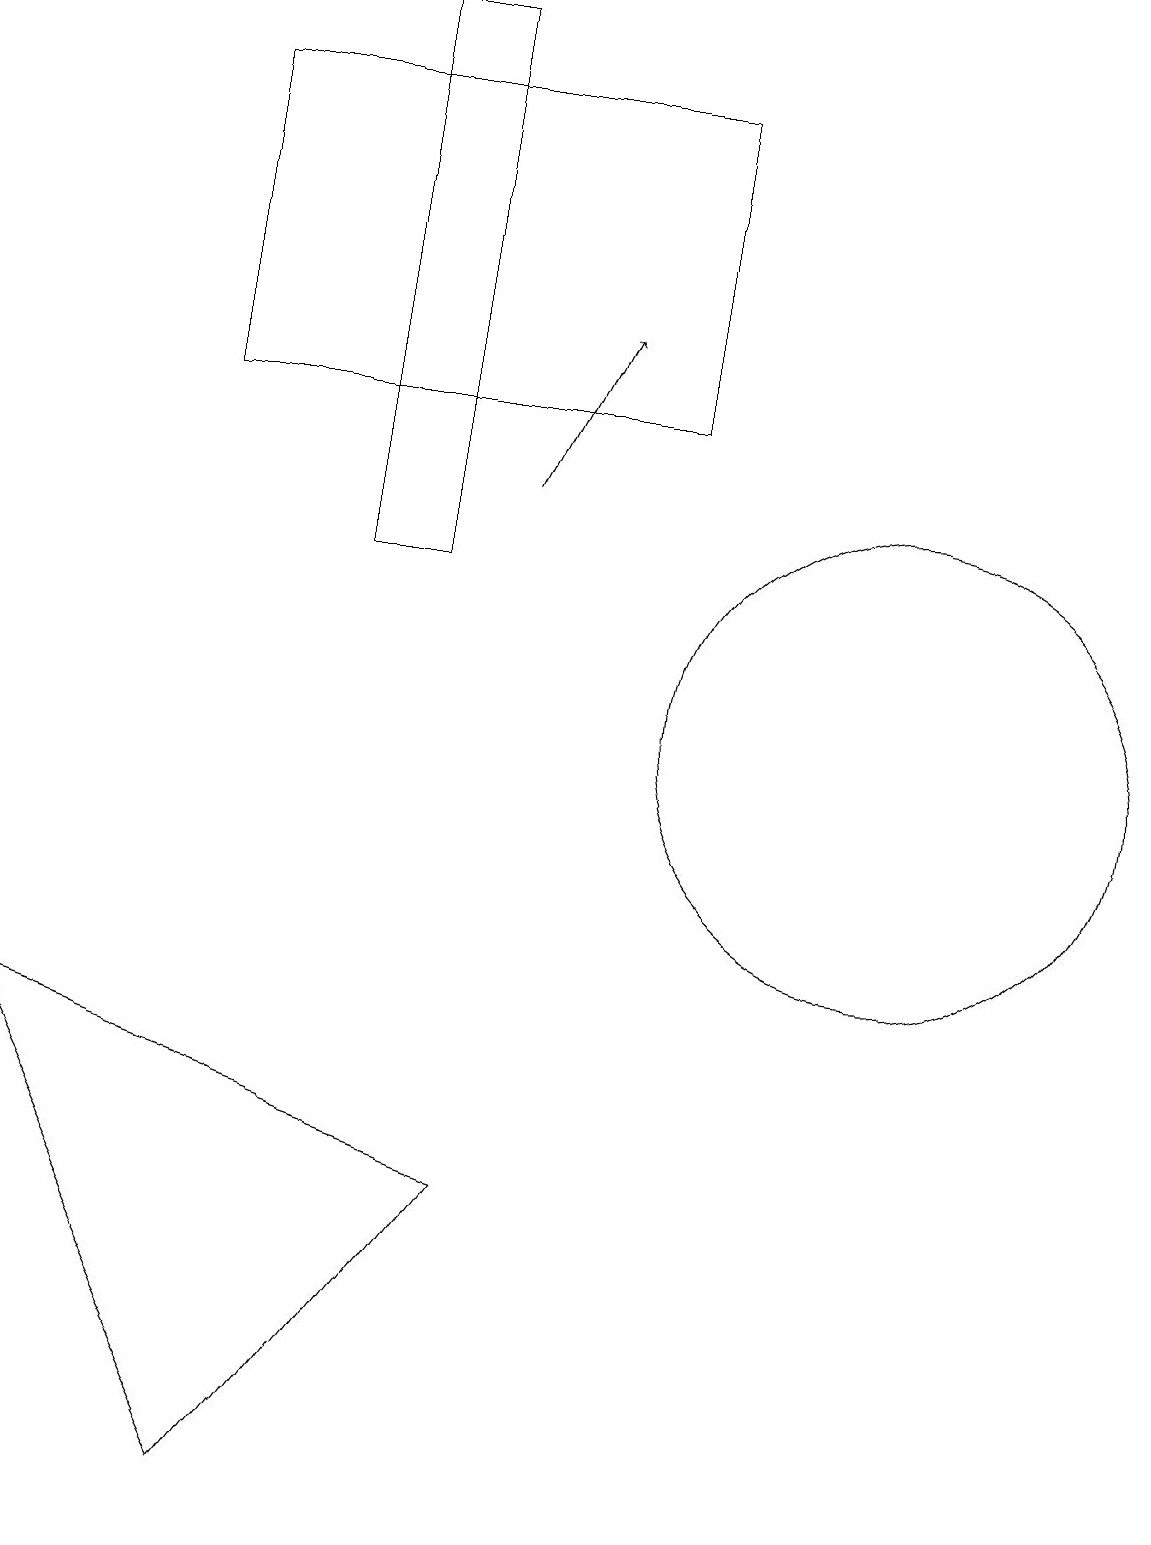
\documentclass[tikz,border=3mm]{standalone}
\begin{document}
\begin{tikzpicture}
\draw (11,10) circle (3);
\draw[->] (6,13) -- (7,15);
\draw (8,18) rectangle (2,14);
\draw (3,0) -- (6,4) -- (0,6) -- cycle;
\draw (5,19) rectangle (4,12);
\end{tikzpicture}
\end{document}